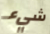
شيء